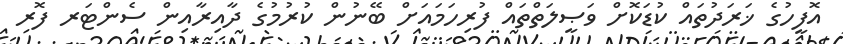
އޮފީހުގެ ޚަރަދުތައް ކުޑަކޮށް ވަޞީލަތްތައް ފުރިހަމައަށް ބޭނުން ކުރުމުގެ ދާއިރާއިން ސެންޓަރ ފޮރ